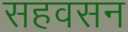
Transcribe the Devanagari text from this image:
सहवसन